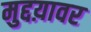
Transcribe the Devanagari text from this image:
मुद्दय़ावर